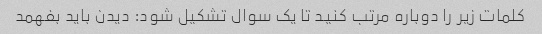
کلمات زیر را دوباره مرتب کنید تا یک سوال تشکیل شود: دیدن باید بفهمد